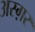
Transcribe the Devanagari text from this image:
अस्ग़र